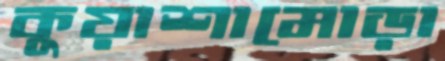
কুয়াশামোড়া